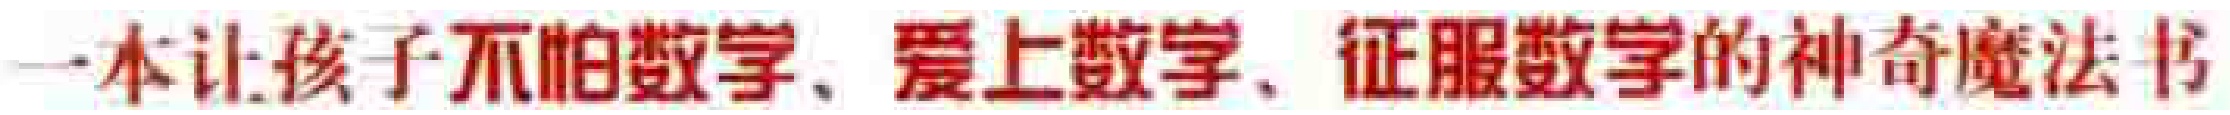
一本让孩子不怕数学、爱上数学、征服数学的神奇魔法书